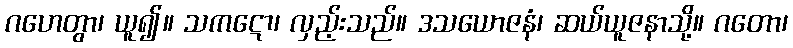
ဂဟေတွာ၊ ယူ၍။ သကဋော၊ လှည့်းသည်။ ဒသယောဇနံ၊ ဆယ်ယူဇနာသို့။ ဂတော၊